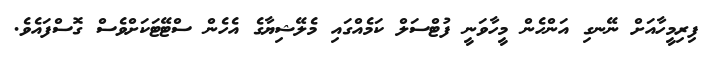
ފިރިމީހާއަށް ނޭނގި އަންހެން މީހާވަނީ ފުޓްސަލް ކަމެއްގައި މެލޭޝިޔާގެ އެހެން ސްޓޭޓަކަށްވެސް ގޮސްފައެވެ.